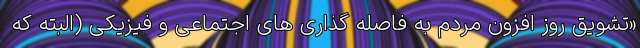
«تشویق روز افزون مردم به فاصله گذاری های اجتماعی و فیزیکی (البته که